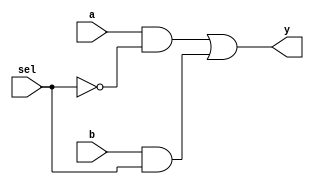

module mux_2x1(output y,input a,b,sel);

    wire out1, out2, selb;

    not(selb,sel);
    and(out1,a,selb);
    and(out2,b,sel);
    or(y,out1,out2);

endmodule